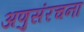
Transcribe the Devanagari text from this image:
अणुसंरचना